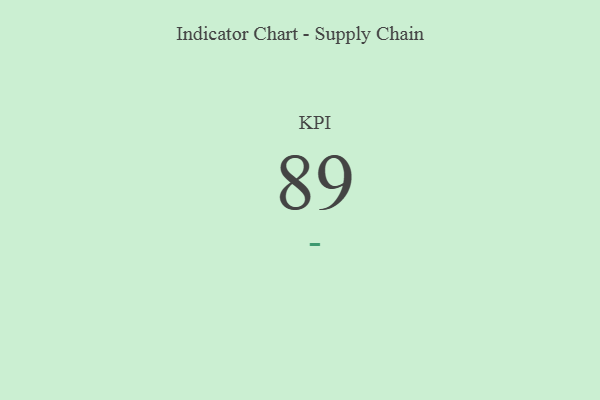
{"axis": {"x": "KPI", "y": "Value"}, "legend": [""], "data": [{"x": "KPI", "y": 89, "type": ""}]}